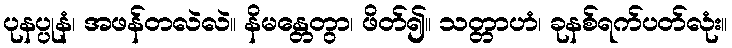
ပုနပ္ပုနံ၊ အဖန်တလဲလဲ။ နိမန္တေတွာ၊ ဖိတ်၍။ သတ္တာဟံ၊ ခုနစ်ရက်ပတ်လုံး။